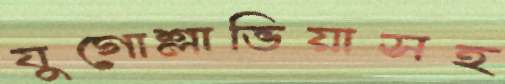
যুগোশ্লাভিয়াসহ